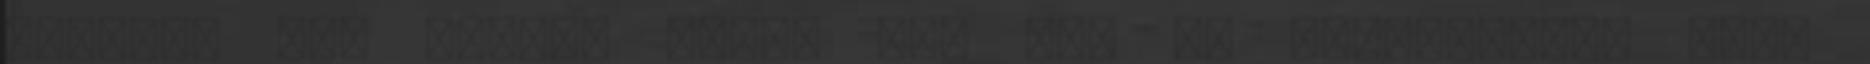
anyját, aki örökbe adta, aki nem is érdeklődőtt soha